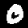
Digit: 0